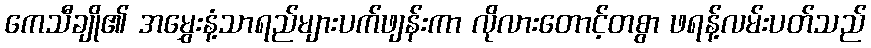
ကေသီချို၏ အမွှေးနံ့သာရည်များပက်ဖျန်းကာ လိုလားတောင့်တစွာ ဖရန့်လမ်းပတ်သည်